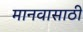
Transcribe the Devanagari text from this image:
मानवासाठी